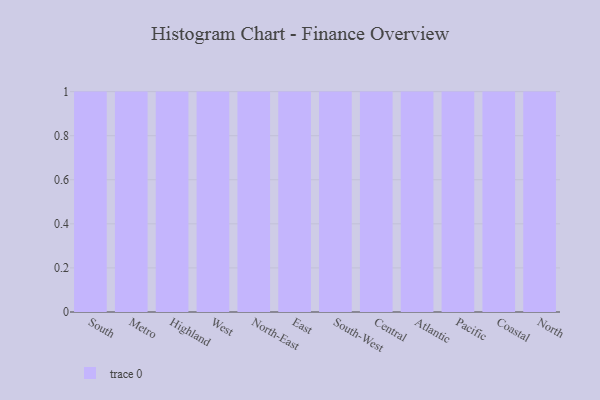
{"axis": {"x": "Region", "y": "Active Users"}, "legend": [""], "data": [{"x": "South", "y": 80, "type": ""}, {"x": "Metro", "y": 77, "type": ""}, {"x": "Highland", "y": 68, "type": ""}, {"x": "West", "y": 21, "type": ""}, {"x": "North-East", "y": 15, "type": ""}, {"x": "East", "y": 94, "type": ""}, {"x": "South-West", "y": 11, "type": ""}, {"x": "Central", "y": 46, "type": ""}, {"x": "Atlantic", "y": 13, "type": ""}, {"x": "Pacific", "y": 2, "type": ""}, {"x": "Coastal", "y": 68, "type": ""}, {"x": "North", "y": 89, "type": ""}]}